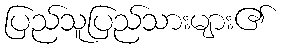
ပြည်သူပြည်သားများ၏